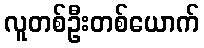
လူတစ်ဦးတစ်ယောက်